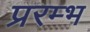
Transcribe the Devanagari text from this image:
प्ररम्भ